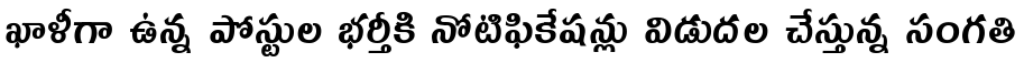
ఖాళీగా ఉన్న పోస్టుల భర్తీకి నోటిఫికేషన్లు విడుదల చేస్తున్న సంగతి